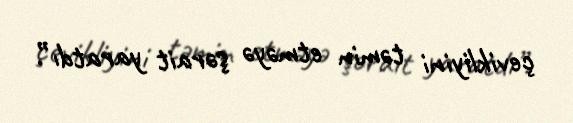
çevikliyini təmin etməyə şərait yaratdı”.